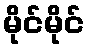
မိုင်မိုင်